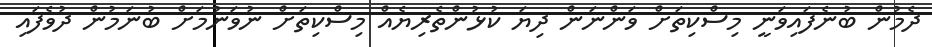
ދެމުން ބުނެފައިވަނީ މިސްކިތަށް ވަންނަން ދިޔަ ކުޅުންތެރިޔެއް މިސްކިތަށް ނުވަނުމަށް ބުނަމުން ދުވެފައި